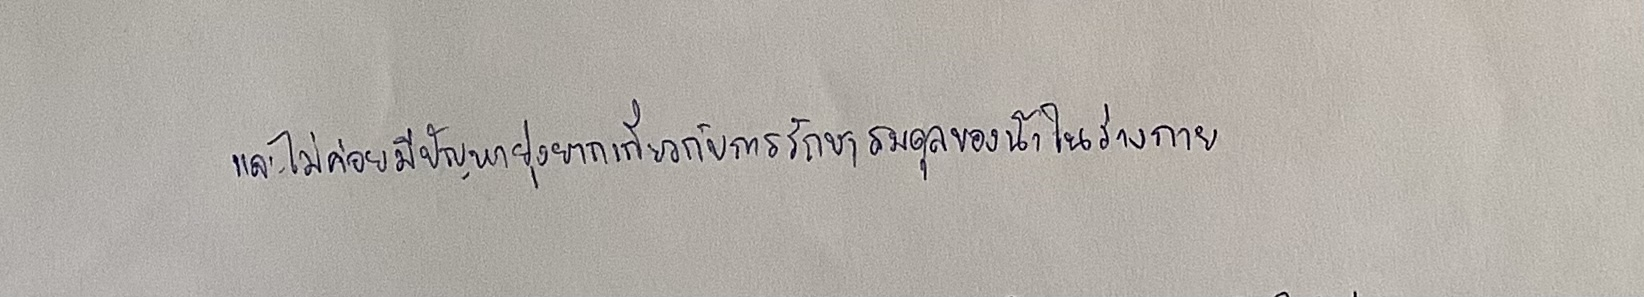
และไม่ค่อยมีปัญหายุ่งยากเกี่ยวกับการรักษาสมดุลของน้ำในร่างกาย